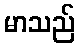
မာသည်